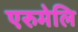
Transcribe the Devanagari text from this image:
एरुमेलि